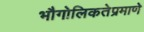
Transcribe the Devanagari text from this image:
भौगोलिकतेप्रमाणे